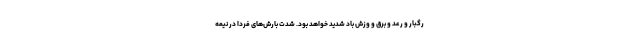
رگبار و رعد و برق و وزش باد شدید خواهد بود. شدت بارش‌های فردا در نیمه